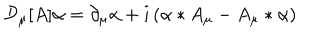
LaTeX: { \cal D } _ { \mu } [ A ] \alpha = \partial _ { \mu } \alpha + i \left( \alpha * A _ { \mu } - A _ { \mu } * \alpha \right)